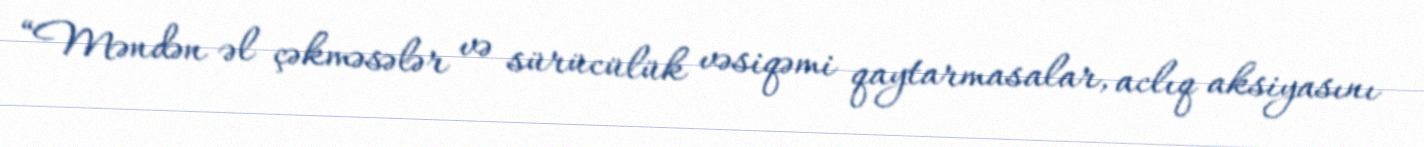
“Məndən əl çəkməsələr və sürücülük vəsiqəmi qaytarmasalar, aclıq aksiyasını